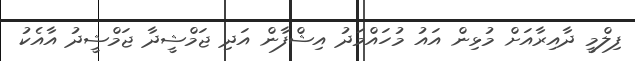
ފިލްމީ ދާއިރާއަށް މުޅިން އައު މުހައްމަދު އިޝްފާން އަދި ޖަމްޝީދާ ޖަމްޝީދު އާއެކު